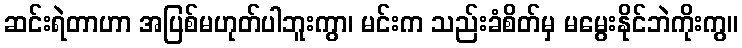
ဆင်းရဲတာဟာ အပြစ်မဟုတ်ပါဘူးကွာ၊ မင်းက သည်းခံစိတ်မှ မမွေးနိုင်ဘဲကိုးကွ။